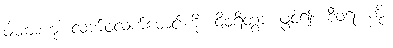
ဝါမဗာဟုံ၊ လက်ဝဲလက်မောင်းကို။ ဝိဝရိတွာ၊ ဖွင့်၍။ စီဝရံ၊ ကို။